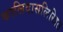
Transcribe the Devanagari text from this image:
कालिदासलिखित